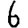
Digit: 6